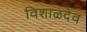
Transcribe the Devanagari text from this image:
विशाळदेव